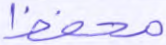
محفظ